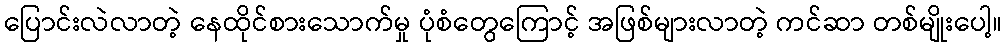
ပြောင်းလဲလာတဲ့ နေထိုင်စားသောက်မှု ပုံစံတွေကြောင့် အဖြစ်များလာတဲ့ ကင်ဆာ တစ်မျိုးပေါ့။